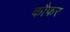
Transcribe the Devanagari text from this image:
कौफर